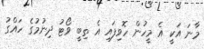
މާނަ އަކީ އެ މީހުން ހޮވިފައި އެ ތިބީ ވޯޓު ދިނުމުގެ ހައްގު